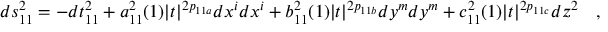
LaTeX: d s _ { 1 1 } ^ { 2 } = - d t _ { 1 1 } ^ { 2 } + a _ { 1 1 } ^ { 2 } ( 1 ) | t | ^ { 2 p _ { 1 1 a } } d x ^ { i } d x ^ { i } + b _ { 1 1 } ^ { 2 } ( 1 ) | t | ^ { 2 p _ { 1 1 b } } d y ^ { m } d y ^ { m } + c _ { 1 1 } ^ { 2 } ( 1 ) | t | ^ { 2 p _ { 1 1 c } } d z ^ { 2 } \quad ,